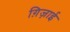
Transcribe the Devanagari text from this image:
ग़िज़ाई